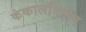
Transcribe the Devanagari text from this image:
कंकालविहीन